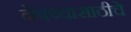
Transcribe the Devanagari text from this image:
नेपथ्यासाठीचे